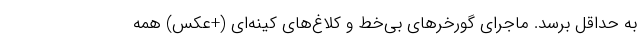
به حداقل برسد. ماجرای گورخر‌های بی‌خط و کلاغ‌های کینه‌ای (+عکس) همه